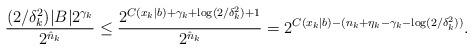
LaTeX: \begin{align*}\frac{ (2/\delta^2_k)|B| 2^{\gamma_k}}{2^{\hat{n}_k}} \leq \frac{2^{C(x_k \mid b) + \gamma_k + \log(2/\delta^2_k) + 1}}{2^{\hat{n}_k}} = 2^{C(x_k \mid b) -(n_k + \eta_k - \gamma_k - \log(2/\delta^2_k))}.\end{align*}